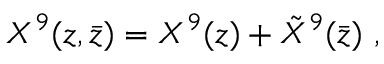
X ^ { 9 } ( z , \bar { z } ) = X ^ { 9 } ( z ) + { \tilde { X } } ^ { 9 } ( \bar { z } ) \ ,